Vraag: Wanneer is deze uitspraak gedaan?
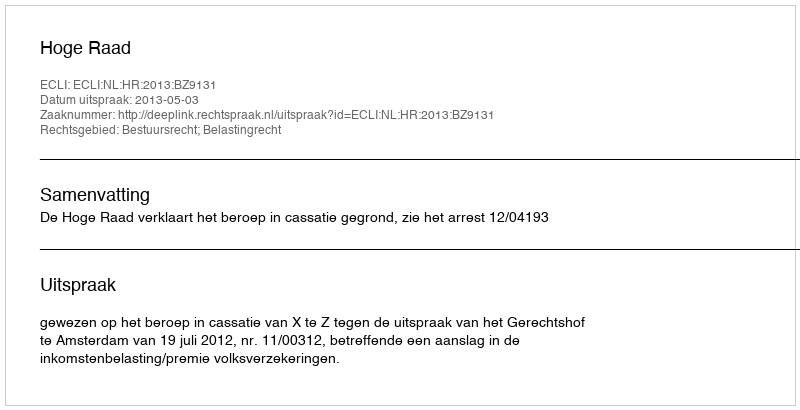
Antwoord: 2013-05-03